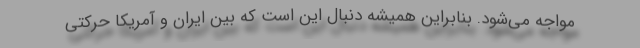
مواجه می‌شود. بنابراین همیشه دنبال این است که بین ایران و آمریکا حرکتی